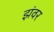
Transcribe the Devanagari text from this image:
झंवर